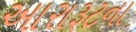
આરારૂટના